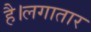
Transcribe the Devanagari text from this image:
है।लगातार